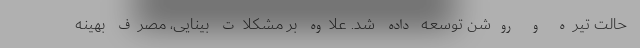
حالتِ تیره و روشن توسعه داده شد. علاوه بر مشکلات بینایی، مصرف بهینه‌